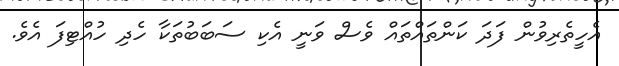
އެހީތެރިވުން ފަދަ ކަންތައްތައް ވެސް ވަަނީ އެކި ސަބަބުތަކާ ހެދި ހުއްޓިފަ އެވެ.